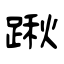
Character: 踿